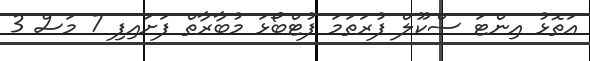
އަތޮޅު އިންޓަ ސްކޫލް ފުރަތަމަ ފުޓްބޯޅަ މުބާރާތް ފަށައިފި 7 މަސް 3